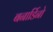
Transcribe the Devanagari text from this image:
बनार्डिनो